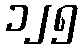
၁၂၅